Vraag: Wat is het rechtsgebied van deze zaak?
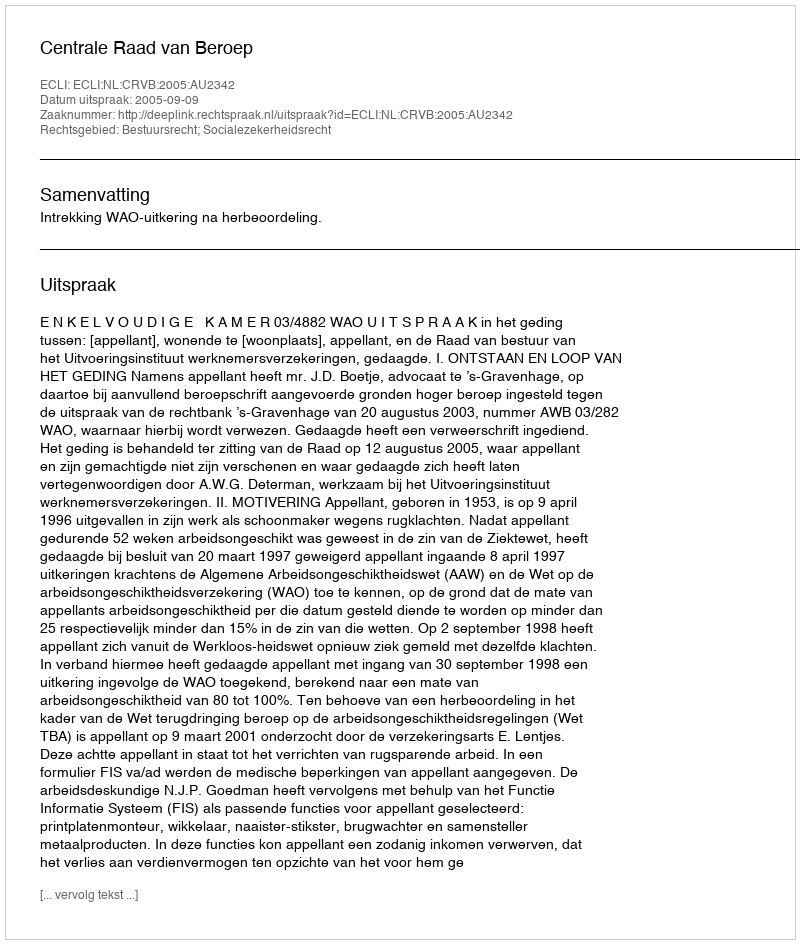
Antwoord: Bestuursrecht; Socialezekerheidsrecht